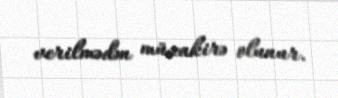
verilmədən müzakirə olunur.